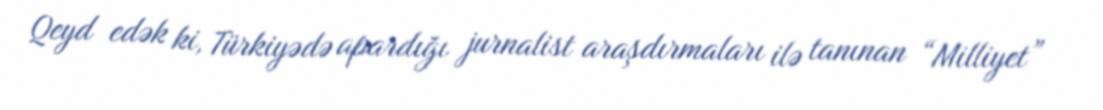
Qeyd edək ki, Türkiyədə apardığı jurnalist araşdırmaları ilə tanınan “Milliyet”